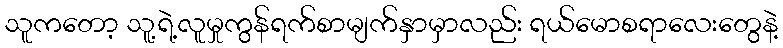
သူကတော့ သူ့ရဲ့လူမှုကွန်ရက်စာမျက်နှာမှာလည်း ရယ်မောစရာလေးတွေနဲ့